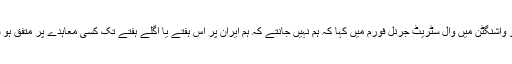
انہوں نے منگل کو واشنگٹن میں وال سٹریٹ جرنل فورم میں کہا کہ ہم نہیں جانتے کہ ہم ایران پر اس ہفتے یا اگلے ہفتے تک کسی معاہدے پر متفق ہو سکتے ہیں یا نہیں۔